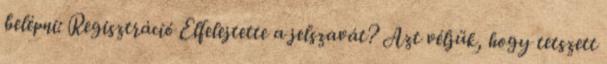
belépni: Regisztráció Elfelejtette a jelszavát? Azt véljük, hogy tetszett